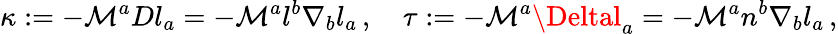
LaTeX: \kappa:=-\mathcal{M}^{a}Dl_{a}=-\mathcal{M}^{a}l^{b}\nabla_{b}l_{a}\, ,\quad\tau:=-\mathcal{M}^{a}\Deltal_{a}=-\mathcal{M}^{a}n^{b}\nabla_{b}l_{a}\, ,